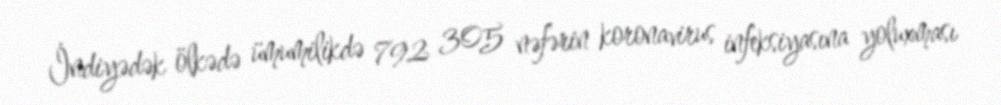
İndiyədək ölkədə ümumilikdə 792 305 nəfərin koronavirus infeksiyasına yoluxması